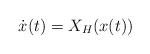
LaTeX: \begin{align*}\dot{x}(t) = X_H(x(t))\end{align*}